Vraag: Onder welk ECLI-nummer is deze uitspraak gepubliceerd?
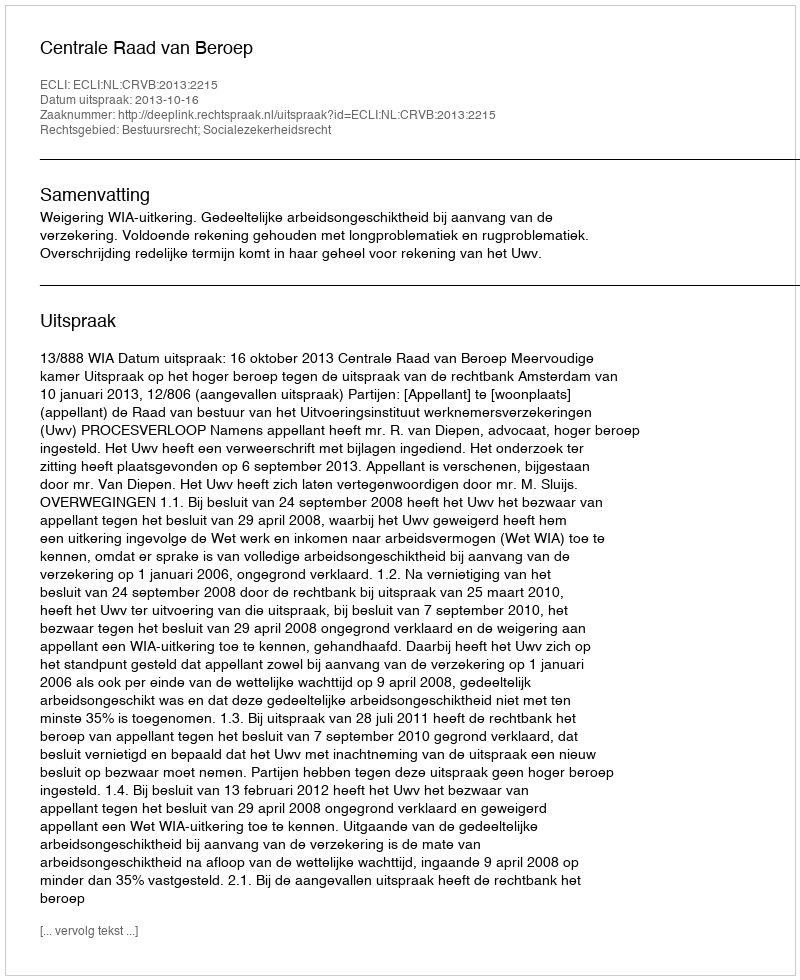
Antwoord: ECLI:NL:CRVB:2013:2215